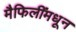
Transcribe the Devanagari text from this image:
मैफिलींमधून